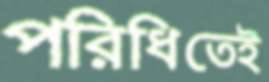
পরিধিতেই